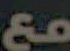
مع